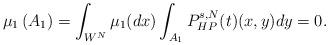
LaTeX: \begin{align*}\mu_1\left(A_1\right)=\int_{W^N}^{}\mu_1(dx) \int_{A_1}^{}P_{HP}^{s,N}(t)(x,y)dy=0.\end{align*}